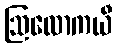
ဩလောကယီ